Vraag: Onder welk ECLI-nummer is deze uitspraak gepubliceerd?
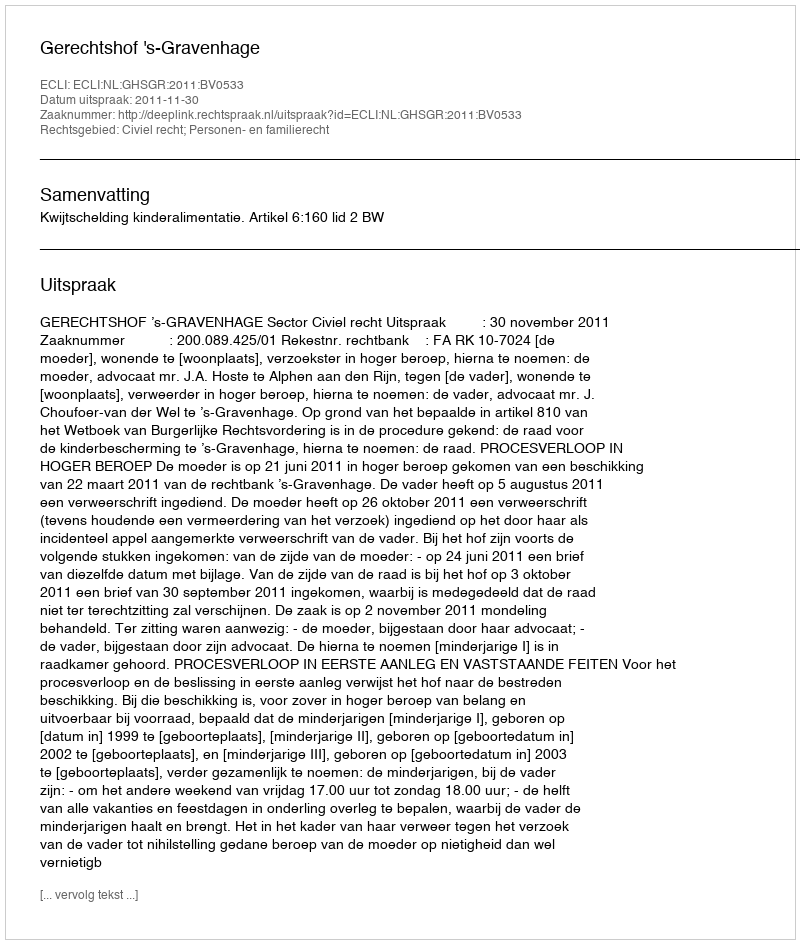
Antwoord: ECLI:NL:GHSGR:2011:BV0533